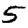
Digit: 5